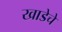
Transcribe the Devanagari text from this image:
खाडेचे